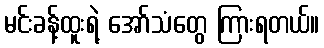
မင်းခန့်ထူးရဲ့ အော်သံတွေ ကြားရတယ်။